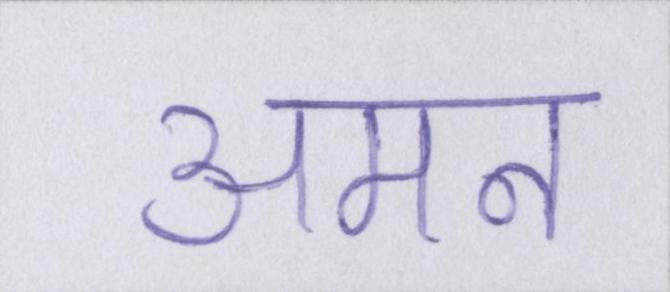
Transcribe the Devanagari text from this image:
अमन